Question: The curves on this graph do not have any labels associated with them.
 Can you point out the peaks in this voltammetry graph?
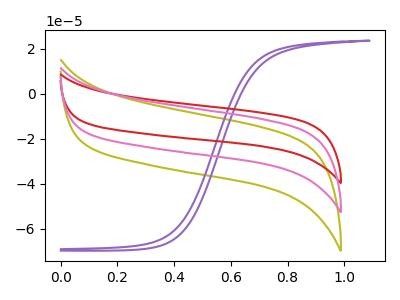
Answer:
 <answer>The olive curve "olive" has no peaks. The purple curve "purple" has no peaks. The red curve "red" has no peaks. The pink curve "pink" has no peaks.</answer>
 <eval></eval>